Annual report of lunatic asylums [Bombay] - 1912-1922
Year: 1912
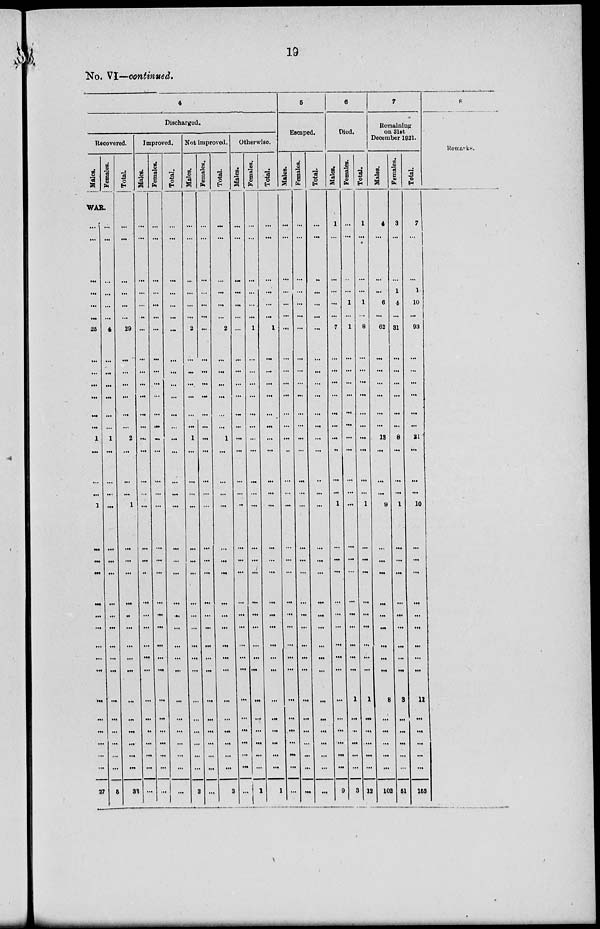
19
No. VI—continued.
4
Discharged.
Recovered.
Males.
Females.
WAR.
...
...
...
...
...
...
26
...
...
...
...
...
...
1
...
...
...
1
...
...
...
...
...
...
...
...
...
...
...
...
...
...
...
27
...
...
...
...
...
...
4
...
...
...
...
...
...
1
...
...
....
...
...
...
...
...
...
...
...
...
...
...
...
...
...
...
...
5
Total.
...
...
...
...
...
...
29
...
...
...
...
...
...
2
...
...
...
1
...
...
...
...
...
...
...
...
...
...
...
...
...
...
...
32
Improved.
Males.
...
...
...
...
...
...
...
...
...
...
...
...
...
...
...
...
...
...
...
...
..
...
...
...
...
...
...
...
...
..
...
...
...
...
Females.
...
...
...
...
...
...
...
...
...
...
...
...
...
...
...
...
...
...
...
...
...
...
...
...
...
...
...
...
...
...
...
...
...
...
Total.
...
...
...
...
...
...
...
...
...
...
...
...
...
...
...
...
...
...
...
...
...
...
...
...
...
...
...
...
...
...
...
...
...
...
Not improved.
Males.
...
...
...
...
...
...
2
...
...
...
...
...
...
1
...
...
...
...
...
...
...
...
...
...
...
...
...
...
...
...
...
...
...
3
Females.
...
...
...
...
...
...
...
...
...
...
...
...
...
...
...
...
...
...
...
...
...
...
...
...
...
...
...
...
...
...
...
...
...
...
Total.
...
...
...
...
...
...
2
...
...
...
...
...
...
1
...
...
...
...
...
...
...
...
...
...
...
...
...
...
...
...
...
...
...
3
Otherwise
Males.
...
...
...
...
...
...
...
...
...
...
...
...
...
...
...
...
...
...
...
...
...
...
...
...
...
...
...
...
...
...
...
...
...
...
Females.
...
...
...
...
...
...
1
...
...
...
...
...
...
...
...
...
...
...
...
...
...
...
...
...
...
...
...
...
...
...
...
...
...
1
Total.
...
...
...
...
...
...
1
...
...
...
...
...
...
...
...
...
...
...
...
...
...
...
...
...
...
...
...
...
...
...
...
...
...
1
5
Escaped.
Males.
...
...
...
...
...
...
...
...
...
...
...
...
...
...
...
...
...
...
...
...
...
...
...
...
...
...
...
...
...
...
...
...
...
...
Females.
...
...
...
...
...
...
...
...
...
...
...
...
...
...
...
...
...
...
...
...
...
...
...
...
...
...
...
...
...
...
...
...
...
...
Total.
...
...
...
...
...
...
...
...
...
...
...
...
...
...
...
...
...
...
...
...
...
...
...
...
...
...
...
...
...
...
...
...
...
...
6
Died.
Males.
1
...
...
...
...
...
7
...
...
...
...
...
...
...
...
...
...
1
...
...
...
...
...
...
...
...
...
...
...
...
...
...
...
9
Females.
...
...
...
...
1
...
1
...
...
...
...
...
...
...
...
...
...
...
...
...
...
...
...
...
...
...
...
1
...
...
...
...
...
3
Total.
1
...
...
...
1
...
8
...
...
...
...
...
...
...
...
...
...
1
...
...
...
...
...
...
...
...
...
1
...
...
...
...
...
12
7
Remaining
on 31st
December 1921.
Males.
4
...
...
...
6
...
62
...
...
...
...
...
...
13
...
...
...
9
...
...
...
...
...
...
...
...
...
8
...
...
...
...
...
102
Females.
3
...
...
1
4
...
31
...
...
...
...
...
...
8
...
...
...
1
...
...
...
...
...
...
...
...
...
3
...
...
...
...
...
51
Total.
7
...
...
1
10
...
93
...
...
...
...
....
...
21
...
...
...
10
...
...
...
...
...
...
...
...
...
11
...
...
...
...
...
153
8
Remarks.